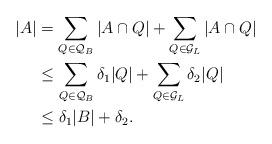
LaTeX: \begin{align*}|A|&=\sum_{Q\in\mathcal Q_B} |A\cap Q| + \sum_{Q\in\mathcal G_L} |A\cap Q|\\&\leq\sum_{Q\in\mathcal Q_B} \delta_1|Q| + \sum_{Q\in\mathcal G_L} \delta_2|Q|\\&\leq \delta_1 |B|+\delta_2 .\end{align*}